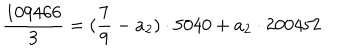
LaTeX: \frac { 1 0 9 4 6 6 } { 3 } = ( \frac { 7 } { 9 } - a _ { 2 } ) \cdot 5 0 4 0 + a _ { 2 } \cdot 2 0 0 4 5 2